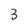
Character: 3